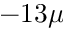
- 1 3 \mu